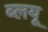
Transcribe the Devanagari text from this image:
ब्लयू